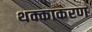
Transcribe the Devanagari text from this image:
थक्काकरण